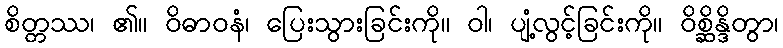
စိတ္တဿ၊ ၏။ ဝိဓာဝနံ၊ ပြေးသွားခြင်းကို။ ဝါ၊ ပျံ့လွင့်ခြင်းကို။ ဝိစ္ဆိန္ဒိတွာ၊